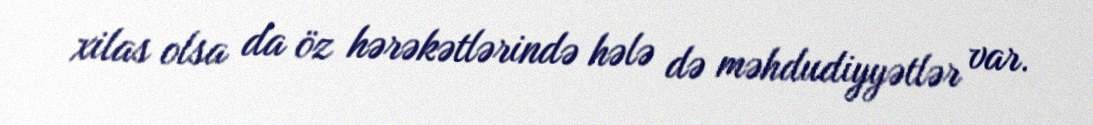
xilas olsa da öz hərəkətlərində hələ də məhdudiyyətlər var.